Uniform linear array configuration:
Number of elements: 24
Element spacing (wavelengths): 0.75
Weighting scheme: uniform
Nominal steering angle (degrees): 15
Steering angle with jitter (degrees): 15.96
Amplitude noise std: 0.05
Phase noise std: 0.05

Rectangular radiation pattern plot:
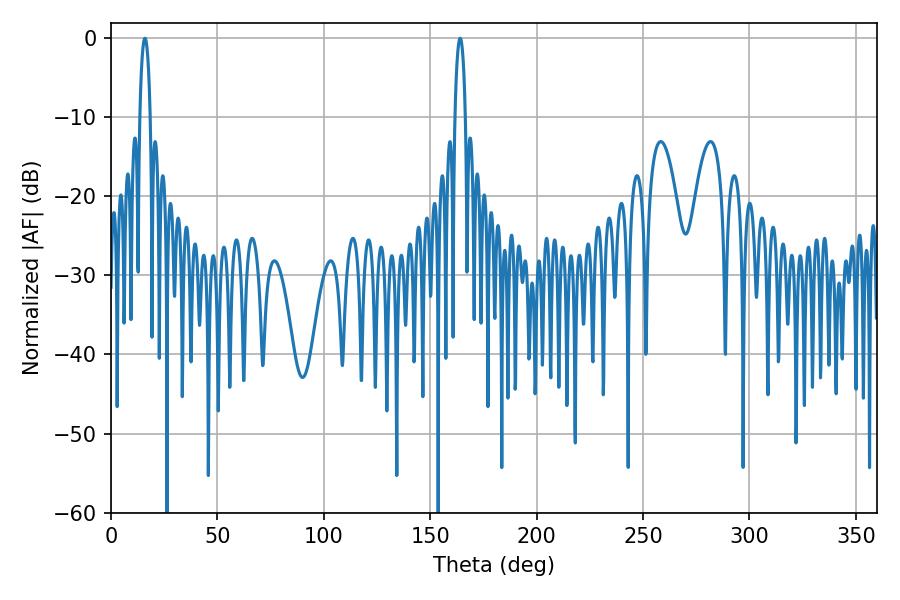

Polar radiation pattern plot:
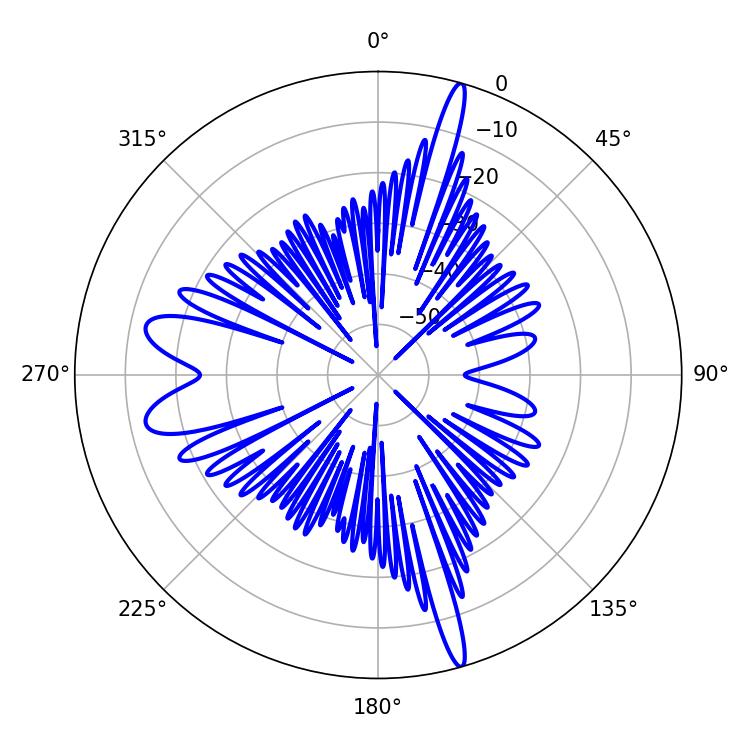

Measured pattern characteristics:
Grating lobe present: TRUE
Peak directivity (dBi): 21.609
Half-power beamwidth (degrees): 2.7
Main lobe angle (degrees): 16.02